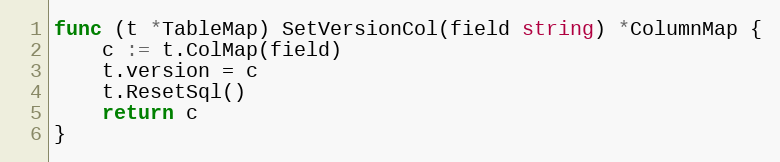
Language: Go
func (t *TableMap) SetVersionCol(field string) *ColumnMap {
	c := t.ColMap(field)
	t.version = c
	t.ResetSql()
	return c
}